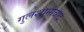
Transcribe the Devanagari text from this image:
गुलशानाबाद